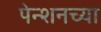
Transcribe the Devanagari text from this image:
पेन्शनच्या